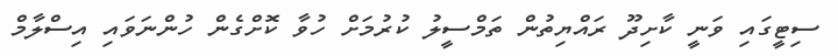
ސިޓީގައި ވަނީ ކާށިދޫ ރައްޔިތުން ތަމްސީލު ކުރުމަށް ހުވާ ކޮށްގެން ހުންނަވައި އިސްލާމް